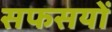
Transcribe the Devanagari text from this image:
सफसयों